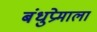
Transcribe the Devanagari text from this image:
बंधुप्रेमाला